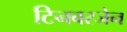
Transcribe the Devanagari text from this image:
टिनबरजेन